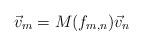
\begin{align*}\vec v_{m} = M(f_{m,n}) \vec v_{n}\end{align*}